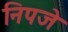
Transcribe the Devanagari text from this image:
निपजे